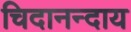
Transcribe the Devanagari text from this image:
चिदानन्दाय